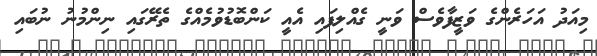
މިއަދު އަހަރެންގެ ވަޒީފާވެސް ވަނީ ގެއްލިފައި އެއީ ކަންބޮޑުވުމެއްގެ ތެރޭގައި ނިންމުނު ނުބައި